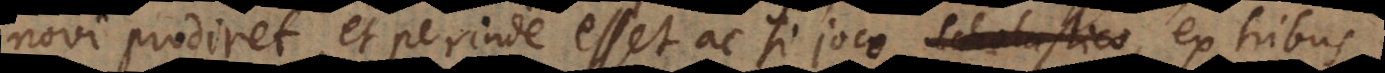
novi prodiret, et perinde esset ac si joco, ex tribus